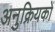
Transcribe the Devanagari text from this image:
अनुक्रियकों